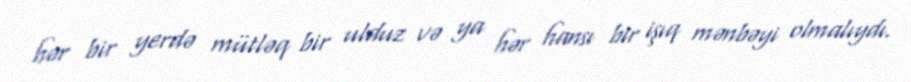
hər bir yerdə mütləq bir ulduz və ya hər hansı bir işıq mənbəyi olmalıydı.